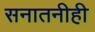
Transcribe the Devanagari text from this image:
सनातनीही